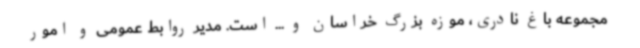
مجموعه باغ نادری، موزه بزرگ خراسان و ... است. مدیر روابط عمومی و امور